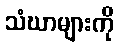
သံဃာများကို